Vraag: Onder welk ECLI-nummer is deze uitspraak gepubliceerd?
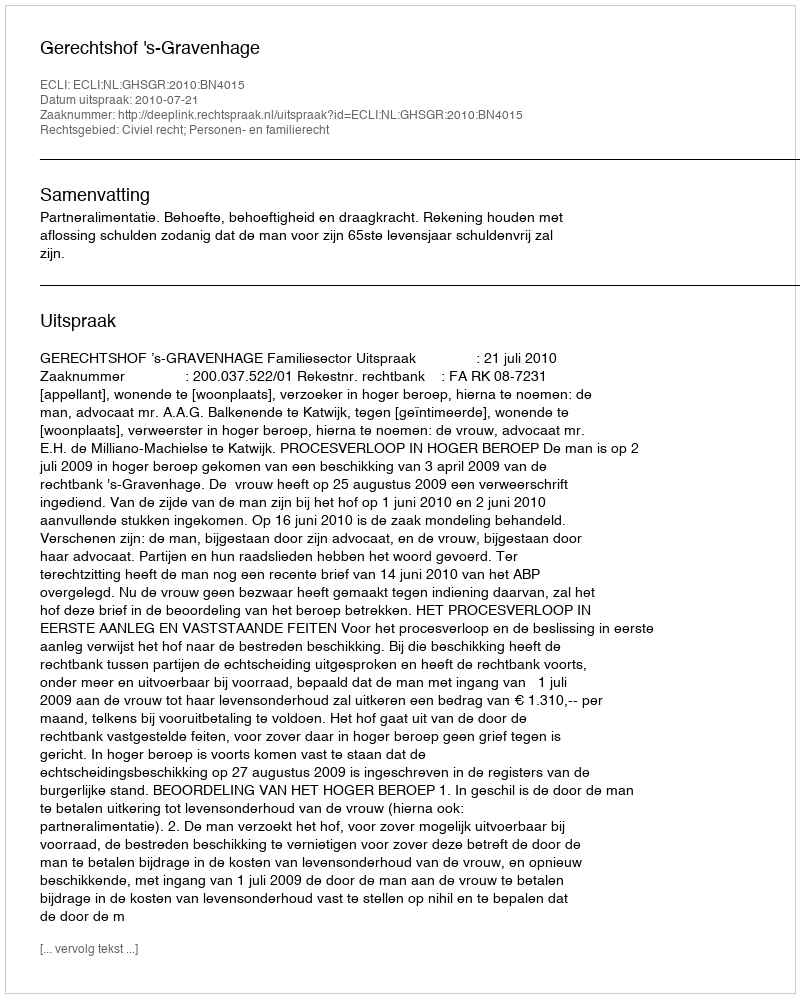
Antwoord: ECLI:NL:GHSGR:2010:BN4015